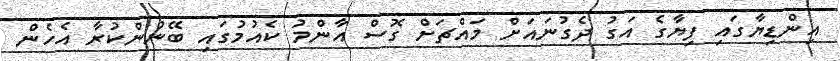
އިންޑިޔާގައި ފިޔާގެ އަގު ދެގުނައަށް މައްޗަށް ގޮސް އާންމު ކެއުމުގައި ބޭނުންކުރާ އެހެން